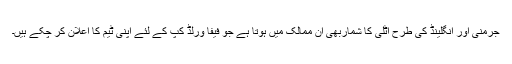
جرمنی اور انگلینڈ کی طرح اٹلی کا شماربھی ان ممالک میں ہوتا ہے جو فیفا ورلڈ کپ کے لئے اپنی ٹیم کا اعلان کر چکے ہیں۔